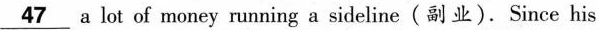
\underline{47} a lot of money running a sideline(副业). Since his